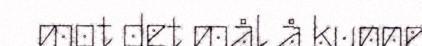
mot det mål å kunne